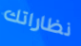
نظاراتك